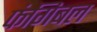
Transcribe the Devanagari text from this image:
फंगिबल